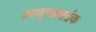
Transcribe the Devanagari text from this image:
अप्रवृत्तप्रवर्तक